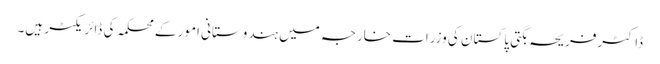
ڈاکٹرفریحہ بگتی پاکستان کی وزرات خارجہ میں ہندوستانی امور کے محکمہ کی ڈائریکٹر ہیں۔